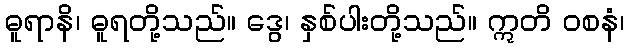
ဓူရာနိ၊ ဓူရတို့သည်။ ဒွေ၊ နှစ်ပါးတို့သည်။ ဣတိ ဝစနံ၊